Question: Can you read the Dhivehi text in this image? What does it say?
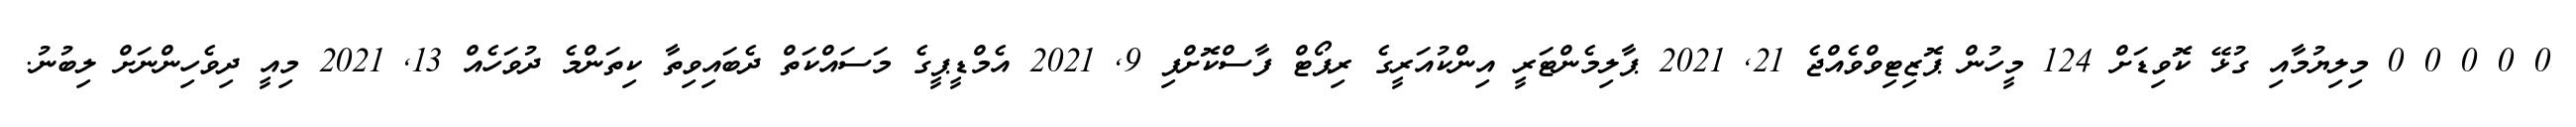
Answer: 0 0 0 0 0 މިލިޔުމާއި ގުޅޭ ކޮވިޑަށް 124 މީހުން ޕޮޒިޓިވްވެއްޖެ 21, 2021 ޕާލިމެންޓަރީ އިންކުއަރީގެ ރިޕޯޓް ފާސްކޮށްފި 9, 2021 އެމްޑީޕީގެ މަސައްކަތް ދެބައިވިތާ ކިތަންމެ ދުވަހެއް 13, 2021 މިއީ ދިވެހިންނަށް ލިބުނު.